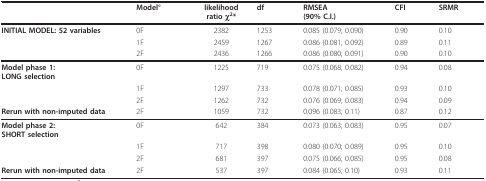
|  | Model° | likelihoodratio χ2* | df | RMSEA(90% C.I.) | CFI | SRMR |
 | --- | --- | --- | --- | --- | --- | --- |
 | INITIAL MODEL: 52 variables | 0F | 2382 | 1253 | 0.085 (0.079; 0.090) | 0.90 | 0.10 |
 |  | 1F | 2459 | 1267 | 0.086 (0.081; 0.092) | 0.89 | 0.11 |
 |  | 2F | 2436 | 1266 | 0.086 (0.080; 0.091) | 0.90 | 0.10 |
 | Model phase 1:LONG selection | 0F | 1225 | 719 | 0.075 (0.068; 0.082) | 0.94 | 0.08 |
 |  | 1F | 1297 | 733 | 0.078 (0.071; 0.085) | 0.93 | 0.10 |
 |  | 2F | 1262 | 732 | 0.076 (0.069; 0.083) | 0.94 | 0.09 |
 | Rerun with non-imputed data | 2F | 1059 | 732 | 0.096 (0.083; 0.11) | 0.87 | 0.12 |
 | Model phase 2:SHORT selection | 0F | 642 | 384 | 0.073 (0.063; 0.083) | 0.95 | 0.07 |
 |  | 1F | 717 | 398 | 0.080 (0.070; 0.089) | 0.95 | 0.10 |
 |  | 2F | 681 | 397 | 0.075 (0.066; 0.085) | 0.95 | 0.08 |
 | Rerun with non-imputed data | 2F | 537 | 397 | 0.084 (0.065; 0.10) | 0.93 | 0.11 |